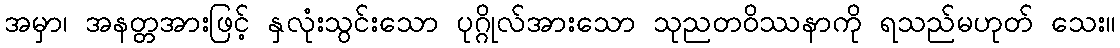
အမှာ၊ အနတ္တအားဖြင့် နှလုံးသွင်းသော ပုဂ္ဂိုလ်အားသော သုညတဝိဿနာကို ရသည်မဟုတ် သေး။